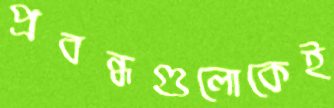
প্রবন্ধগুলোকেই